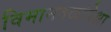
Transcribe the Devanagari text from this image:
विमानतळांपेक्षा